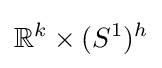
\mathbb {R} ^{k}\times (S^{1})^{h}